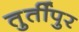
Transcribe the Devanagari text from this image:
तुर्तीपुर